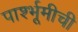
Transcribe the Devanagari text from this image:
पार्श्भूमीची